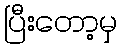
ပြီးတော့မှ